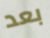
بعد